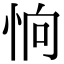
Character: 恦